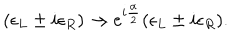
( \epsilon _ { L } \pm i \epsilon _ { R } ) \rightarrow e ^ { i { \frac { \alpha } { 2 } } } ( \epsilon _ { L } \pm i \epsilon _ { R } ) .